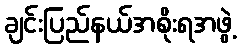
ချင်းပြည်နယ်အစိုးရအဖွဲ့